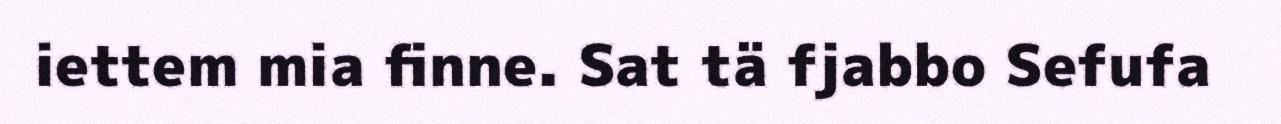
iettem mia finne. Sat tä fjabbo Sefufa